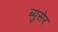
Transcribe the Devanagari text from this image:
ब्युसेर